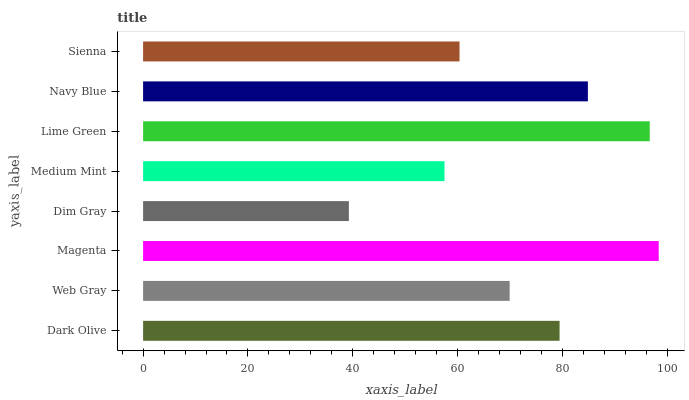
| yaxis_label | bars |
 | --- | --- |
 | Dark Olive | 79.4 |
 | Web Gray | 69.9 |
 | Magenta | 98.3 |
 | Dim Gray | 39.2 |
 | Medium Mint | 57.5 |
 | Lime Green | 96.6 |
 | Navy Blue | 84.8 |
 | Sienna | 60.4 |